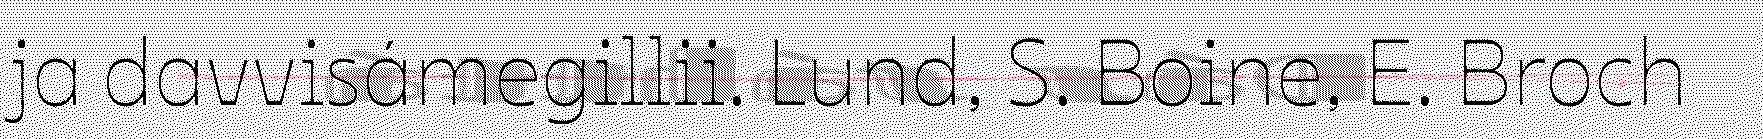
ja davvisámegillii. Lund, S. Boine, E. Broch